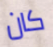
كان